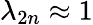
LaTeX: \lambda_{2n}\approx 1